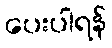
ပေးပါရန်